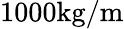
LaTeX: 1000\mathrm{kg/m}